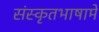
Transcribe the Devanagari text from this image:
संस्कृतभाषामें